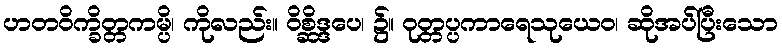
ဟတဝိက္ခိတ္တကမ္ပိ၊ ကိုလည်း။ ဝိစ္ဆိဒ္ဒပေ၊ ၌။ ဝုတ္တပ္ပကာရေသုယေဝ၊ ဆိုအပ်ပြီးသော